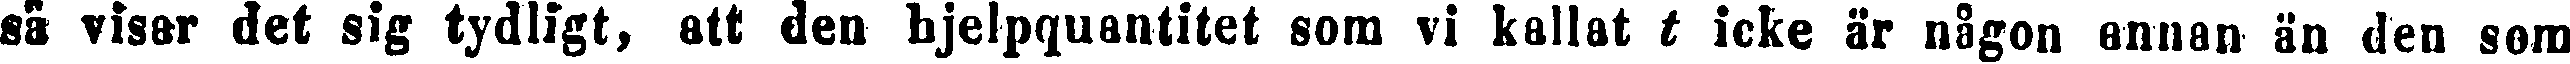
så visar det sig tydligt, att den hjelpquantitet som vi kallat t icke år någon annan än den som